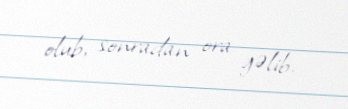
olub, sonradan ora gəlib.